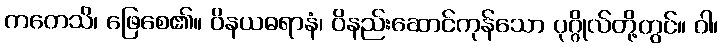
ကတေသိ၊ ဖြေစေ၏။ ဝိနယဓရာနံ၊ ဝိနည်းဆောင်ကုန်သော ပုဂ္ဂိုလ်တို့တွင်။ ဝါ၊